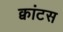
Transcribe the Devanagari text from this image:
क्वांटस